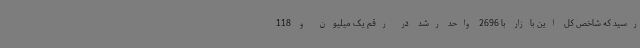
رسید که شاخص کل این بازار با 2696 واحد رشد در رقم یک میلیون و 118